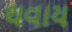
થવાય